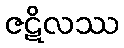
ဇဋိလဿ